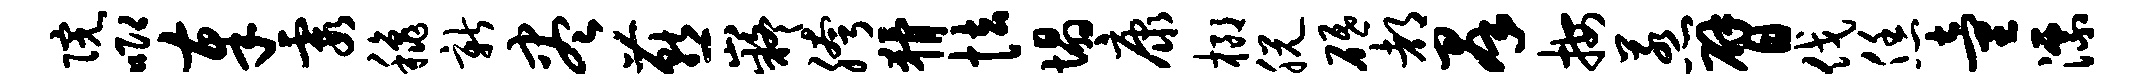
院唧奉霞秋新尽燕嶷胯猾怯塌康榔脱砥都群按惹臂伐恁童漂